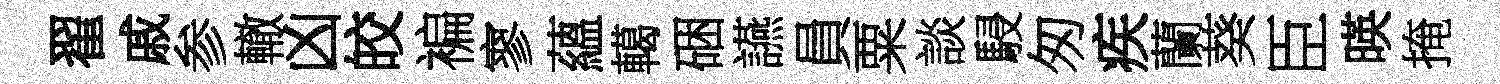
翟戚参轍凶皎褊寥蘊轕硱讌員粟談駸匆疾蘭葵臣暎掩